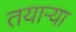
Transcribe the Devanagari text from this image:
तयाऱ्या